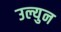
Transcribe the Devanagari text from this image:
उल्युन